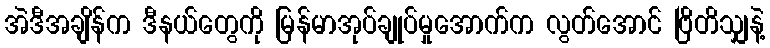
အဲဒီအချိန်က ဒီနယ်တွေကို မြန်မာအုပ်ချုပ်မှုအောက်က လွတ်အောင် ဗြိတိသျှနဲ့